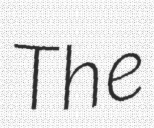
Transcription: The